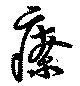
療